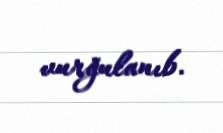
vurğulanıb.